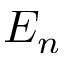
E _ { n }